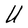
Character: U